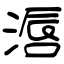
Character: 滣